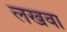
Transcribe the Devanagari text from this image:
लखवा